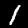
Label: 1